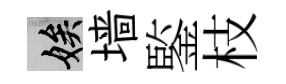
娭墙鍳枝